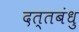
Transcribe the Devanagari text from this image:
दत्तबंधु